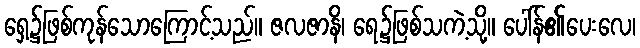
ရှေ့၌ဖြစ်ကုန်သောကြောင့်သည်။ ဇလဇာနိ၊ ရေ၌ဖြစ်သကဲ့သို့။ ပေါ်န်၏ပေးလေ၊